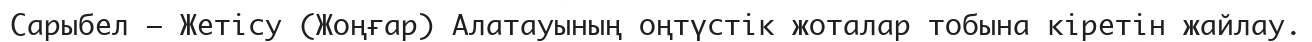
Сарыбел – Жетісу (Жоңғар) Алатауының оңтүстік жоталар тобына кіретін жайлау.